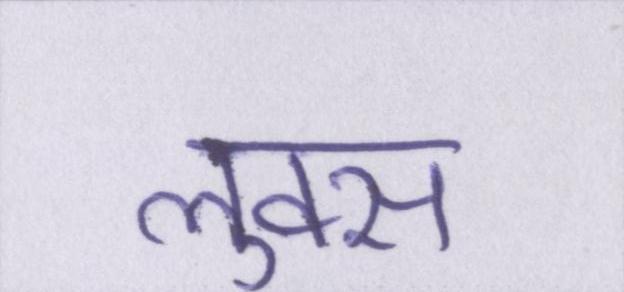
लुक्स